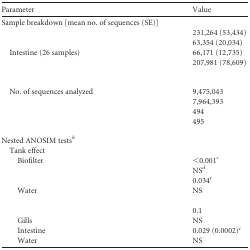
<table><thead><tr><td><b>Parameter</b></td><td><b>Value</b></td></tr></thead><tbody><tr><td>Sample breakdown [mean no. of sequences (SE)]</td><td>[EMPTY_CELL]</td></tr><tr><td>[EMPTY_CELL]</td><td>231,264 (53,434)</td></tr><tr><td>[EMPTY_CELL]</td><td>63,354 (20,034)</td></tr><tr><td>Intestine (26 samples)</td><td>66,171 (12,735)</td></tr><tr><td>[EMPTY_CELL]</td><td>207,981 (78,609)</td></tr><tr><td>[EMPTY_CELL]</td><td>[EMPTY_CELL]</td></tr><tr><td>No. of sequences analyzed</td><td>9,475,043</td></tr><tr><td>[EMPTY_CELL]</td><td>7,964,393</td></tr><tr><td>[EMPTY_CELL]</td><td>494</td></tr><tr><td>[EMPTY_CELL]</td><td>495</td></tr><tr><td>Nested ANOSIM tests<sup><i>b</i></sup></td><td>[EMPTY_CELL]</td></tr><tr><td>Tank effect</td><td>[EMPTY_CELL]</td></tr><tr><td>Biofilter</td><td>&lt;0.001<sup><i>c</i></sup></td></tr><tr><td>[EMPTY_CELL]</td><td>NS<sup><i>d</i></sup></td></tr><tr><td>[EMPTY_CELL]</td><td>0.034<sup><i>c</i></sup></td></tr><tr><td>Water</td><td>NS</td></tr><tr><td>[EMPTY_CELL]</td><td>[EMPTY_CELL]</td></tr><tr><td>[EMPTY_CELL]</td><td>0.1</td></tr><tr><td>Gills</td><td>NS</td></tr><tr><td>Intestine</td><td>0.029 (0.0002)<sup><i>c</i></sup></td></tr><tr><td>Water</td><td>NS</td></tr></tbody></table>